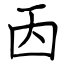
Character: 㐁